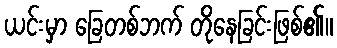
ယင်းမှာ ခြေတစ်ဘက် တိုနေခြင်းဖြစ်၏။